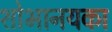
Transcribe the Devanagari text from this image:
शोभानयका